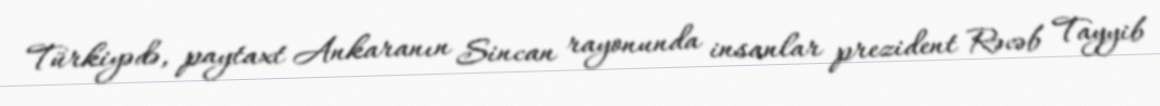
Türkiyədə, paytaxt Ankaranın Sincan rayonunda insanlar prezident Rəcəb Tayyib